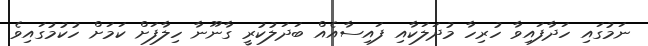
ނަމުގައި ހަދާފައިވާ ހުރިހާ މުދަލަކާއި ފައިސާއެއް ބަދަލުކުރީ ގާނޫނާ ހިލާފަށް ކަމަށް ހުކުމުގައިވެ